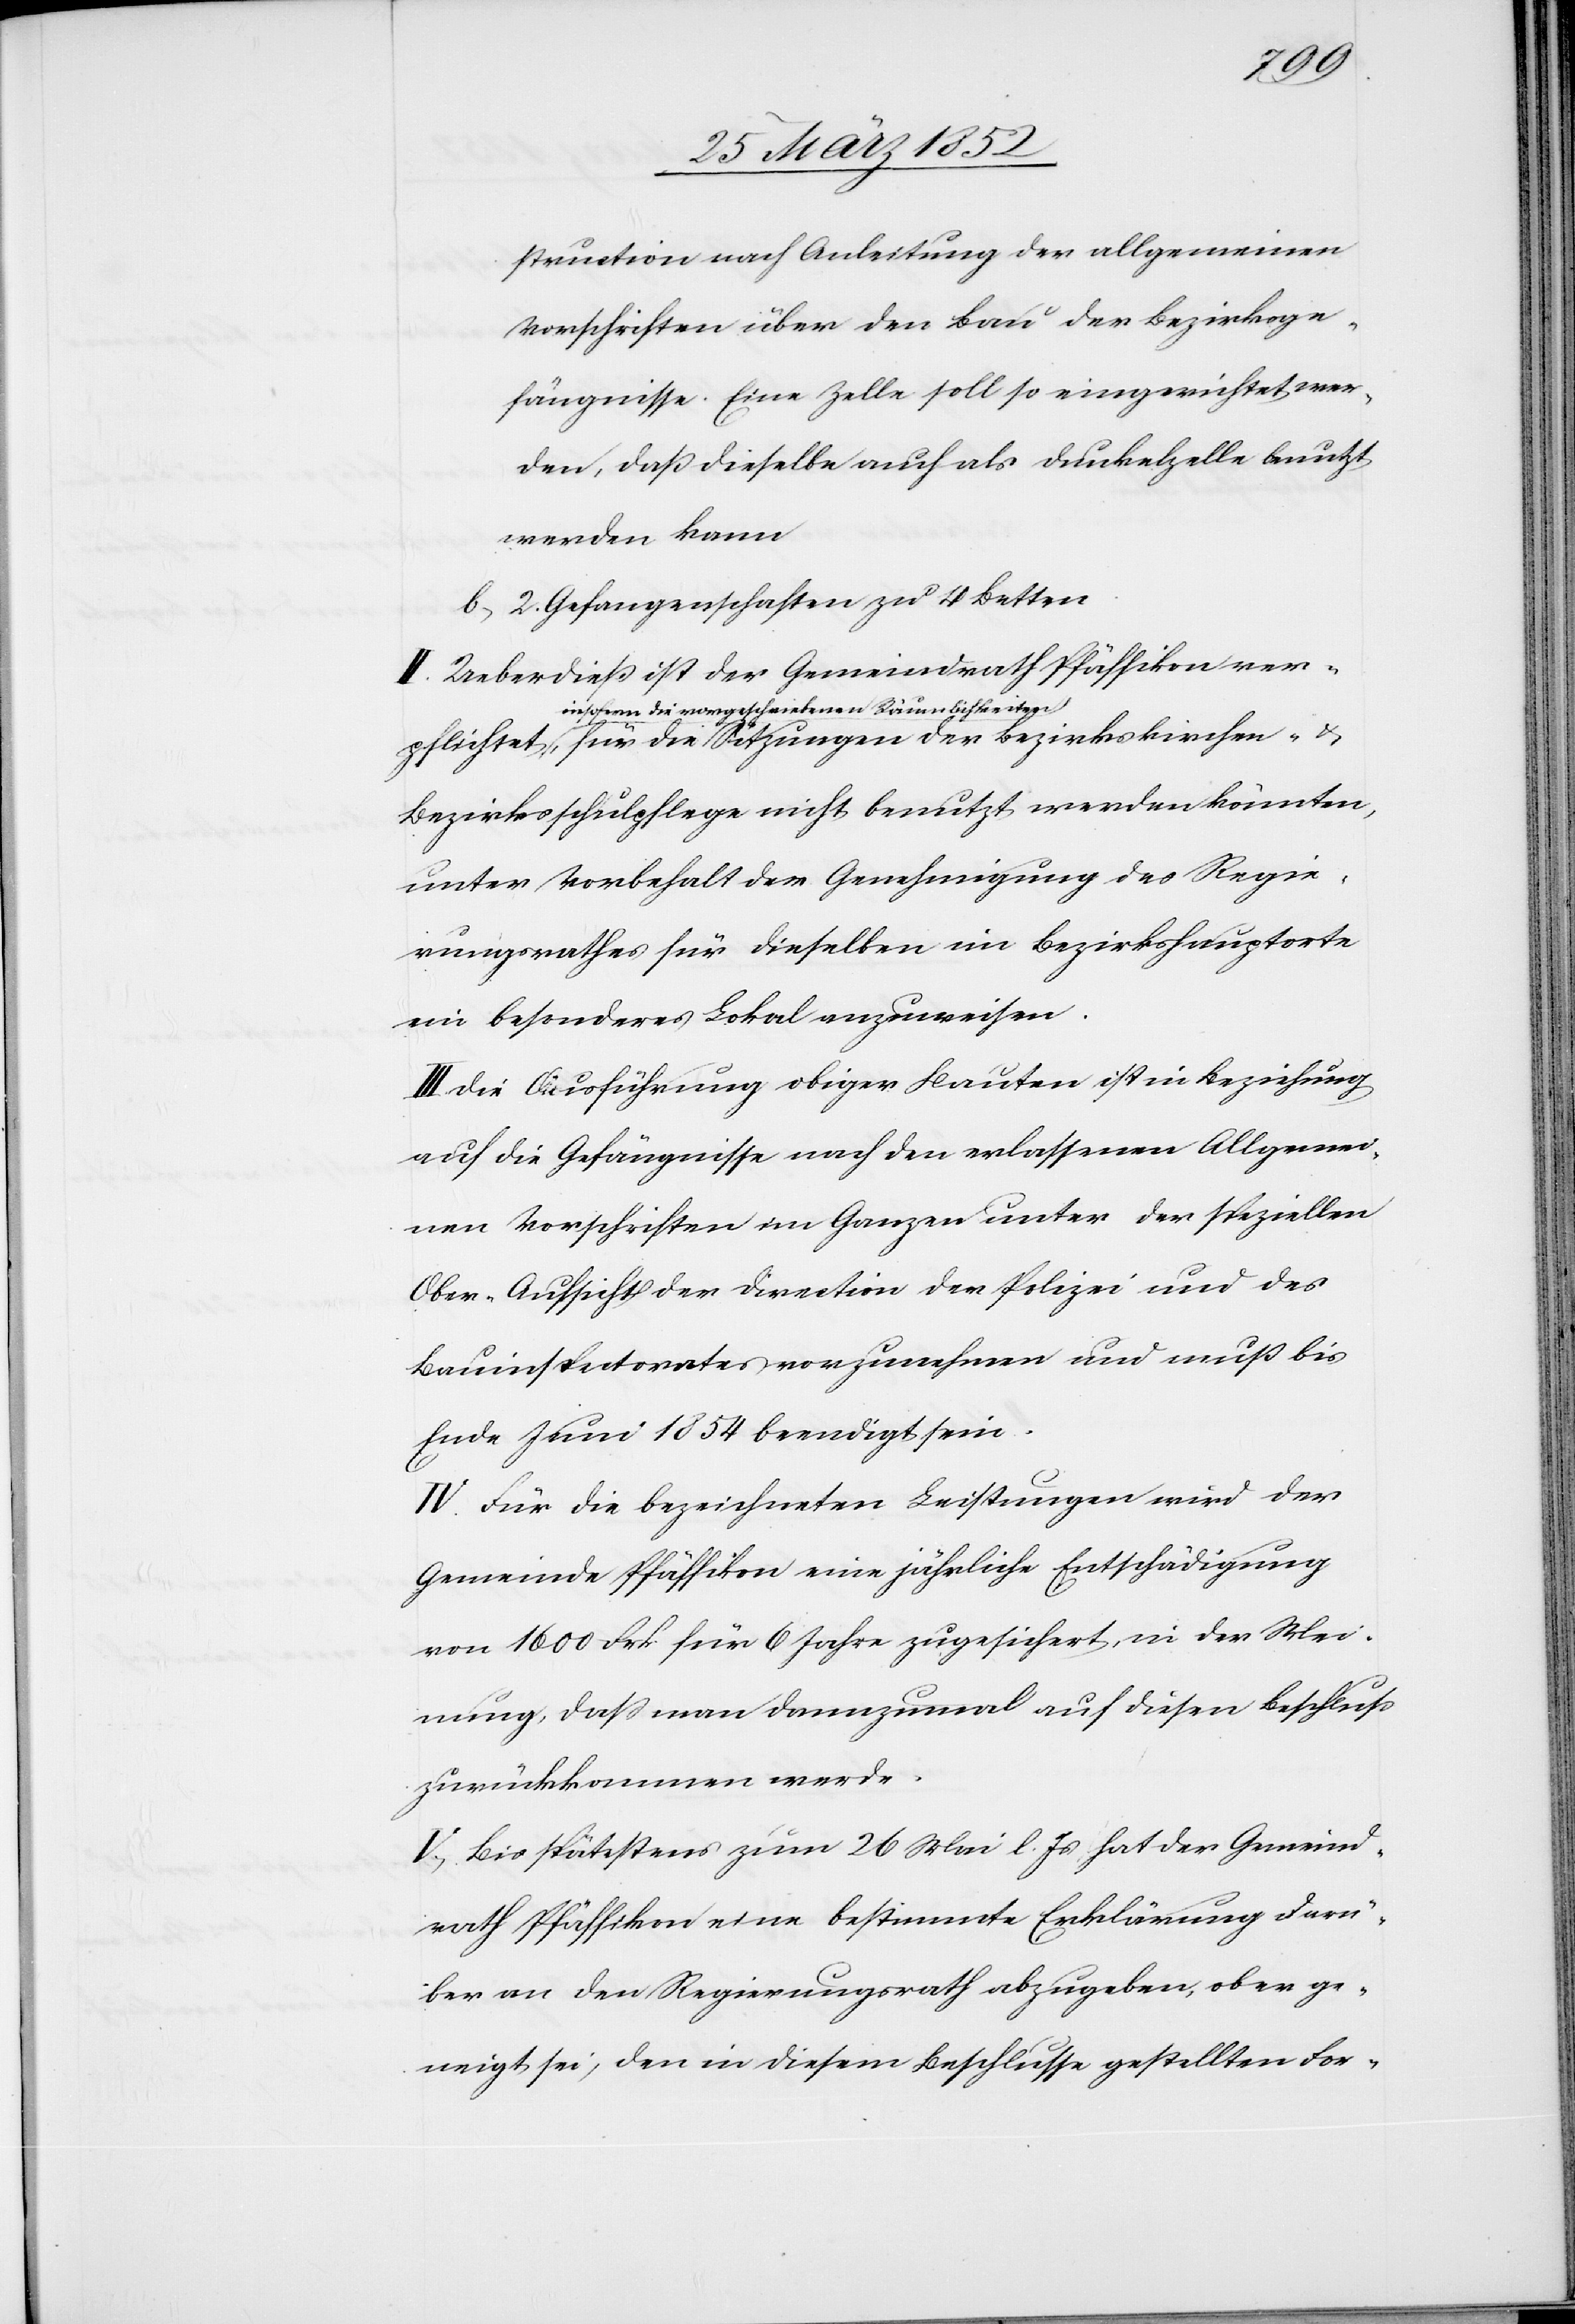
für
struction nach Anleitung der allgemeinen
Vorschriften über den Bau der Bezirksge¬
fängnisse. Eine Zelle soll so eingerichtet wer¬
den, daß dieselbe auch als Dunkelzelle benutzt
werden kann
2 Gefangenschaften zu 4 Betten.
II. Ueberdieß ist der Gemeindrath Pfäffikon ver¬
insofern die vorgeschriebenen Räumlichkeiten
Bezirksschulpflege nicht benutzt werden könnten,
unter Vorbehalt der Genehmigung des Regie¬
rungsrathes für dieselben im Bezirkshauptorte
ein besonderes Lokal anzuweisen.
III. Die Ausführung obiger Bauten ist in Beziehung
auf die Gefängnisse nach den erlassenen Allgemei¬
nen Vorschriften im Ganzen unter der speziellen
Ober-Aufsicht der Direction der Polizei und des
Bauinspectorates vorzunehmen und muß bis
Ende Juni 1854 beendigt sein.
IV. Für die bezeichneten Leistungen wird der
Gemeinde Pfäffikon eine jährliche Entschädigung
von 1600 Frk. für 6 Jahre zugesichert, in der Mei¬
nung, daß man dannzumal auf diesen Beschluß
zurückkommen werde.
V. Bis spätestens zum 26 Mai l. Js hat der Gemeind¬
rath Pfäffikon eine bestimmte Erklärung darü¬
ber an den Regierungsrath abzugeben, ob er ge¬
neigt sei, den in diesem Beschlusse gestellten For-